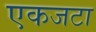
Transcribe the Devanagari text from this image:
एकजटा